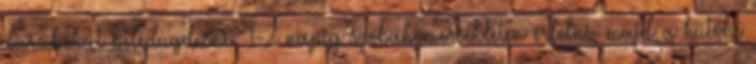
darabokat beledugdosni. 1-2 napig szobahőmérsékleten érlelni, majd a hűtőbe